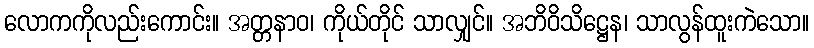
လောကကိုလည်းကောင်း။ အတ္တနာဝ၊ ကိုယ်တိုင် သာလျှင်။ အဘိဝိသိဋ္ဌေန၊ သာလွန်ထူးကဲသော။